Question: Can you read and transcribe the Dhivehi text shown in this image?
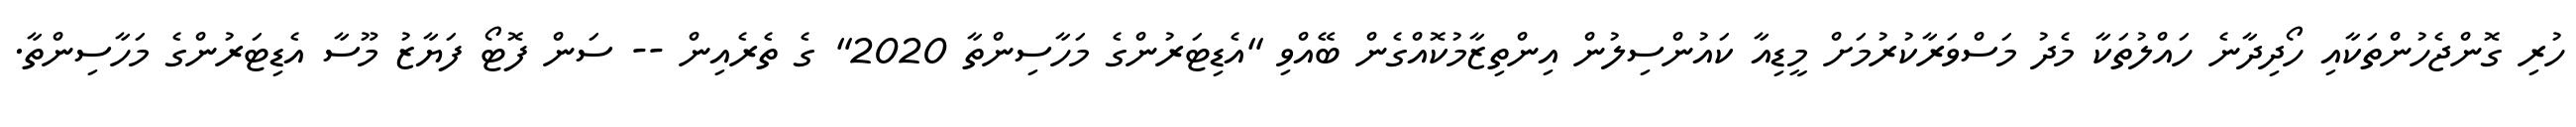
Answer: ހުރި ގޮންޖެހުންތަކާއި ހޯދިދާނެ ހައްލުތަކާ މެދު މަސްވަރާކުރުމަށް މީޑިއާ ކައުންސިލުން އިންތިޒާމުކޮއްގެން ބޭއްވި "އެޑިޓަރުންގެ މަހާސިންތާ 2020" ގެ ތެރެއިން -- ސަން ފޮޓޯ ފަޔާޒު މޫސާ އެޑިޓަރުންގެ މަހާސިންތާ.